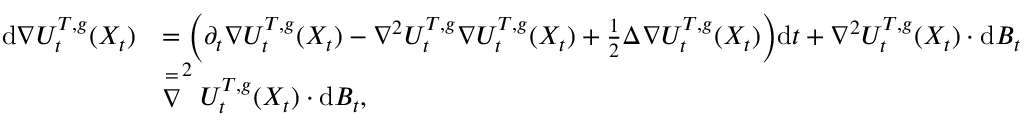
\begin{array} { r l } { \mathrm { d } \nabla U _ { t } ^ { { T } , { g } } ( X _ { t } ) } & { = \Big ( \partial _ { t } \nabla U _ { t } ^ { { T } , { g } } ( X _ { t } ) - \nabla ^ { 2 } U _ { t } ^ { { T } , { g } } \nabla U _ { t } ^ { { T } , { g } } ( X _ { t } ) + \frac { 1 } { 2 } \Delta \nabla U _ { t } ^ { { T } , { g } } ( X _ { t } ) \Big ) \mathrm { d } t + \nabla ^ { 2 } U _ { t } ^ { { T } , { g } } ( X _ { t } ) \cdot \mathrm { d } B _ { t } } \\ & { \stackrel { = } \nabla ^ { 2 } U _ { t } ^ { { T } , { g } } ( X _ { t } ) \cdot \mathrm { d } B _ { t } , } \end{array}